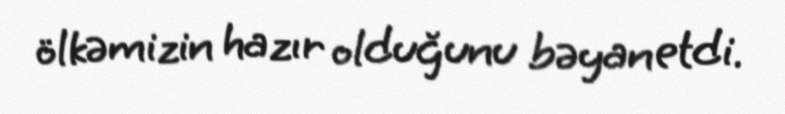
ölkəmizin hazır olduğunu bəyan etdi.